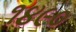
૧૪૯૦